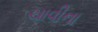
ચાવીના